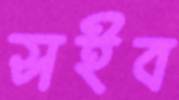
সইব